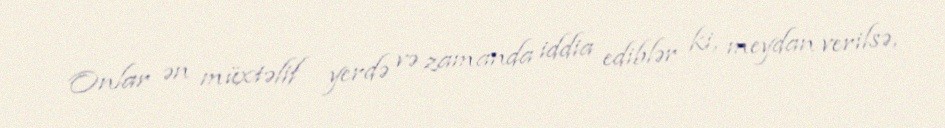
Onlar ən müxtəlif yerdə və zamanda iddia ediblər ki, meydan verilsə,